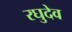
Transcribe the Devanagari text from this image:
रघुदेव